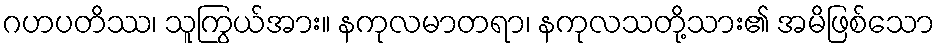
ဂဟပတိဿ၊ သူကြွယ်အား။ နကုလမာတရာ၊ နကုလသတို့သား၏ အမိဖြစ်သော